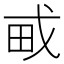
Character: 𤰭